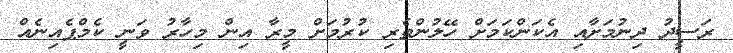
ރަސީދު ދިނުމަށާއި އެކަންކަމަށް ހޭލުންތެރި ކުރުމަށް މީރާ އިން މިހާރު ވަނީ ކެމްޕެއިނެއް